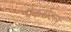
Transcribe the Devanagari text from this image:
पैकसेटल